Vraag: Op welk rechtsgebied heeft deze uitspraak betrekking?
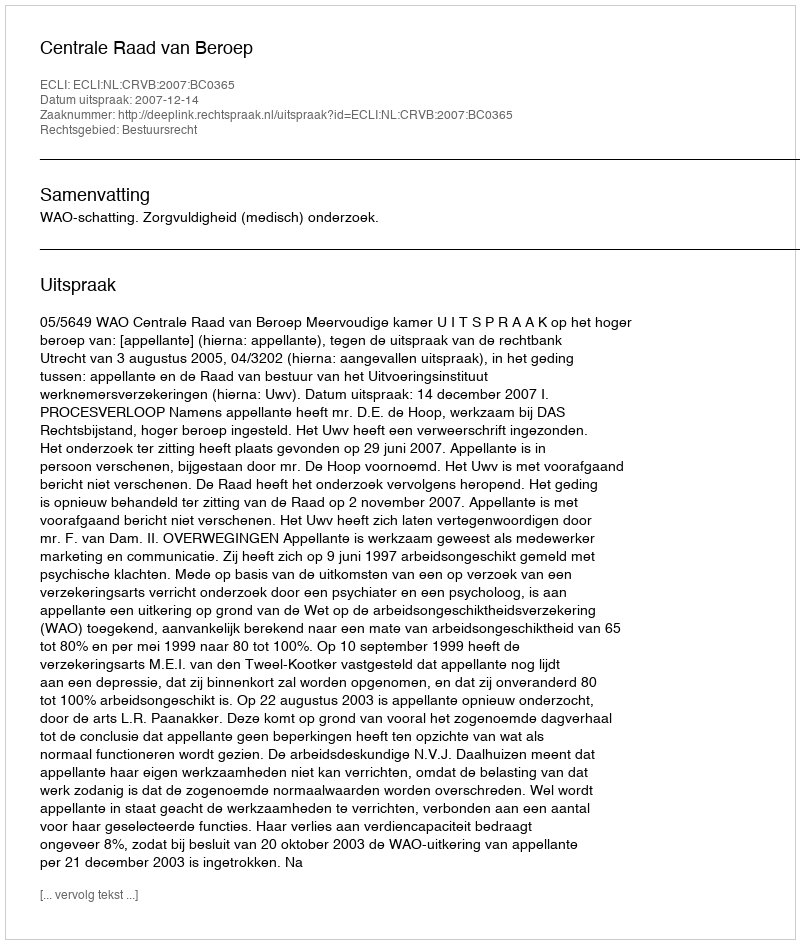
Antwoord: Bestuursrecht